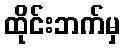
ထိုင်းဘက်မှ